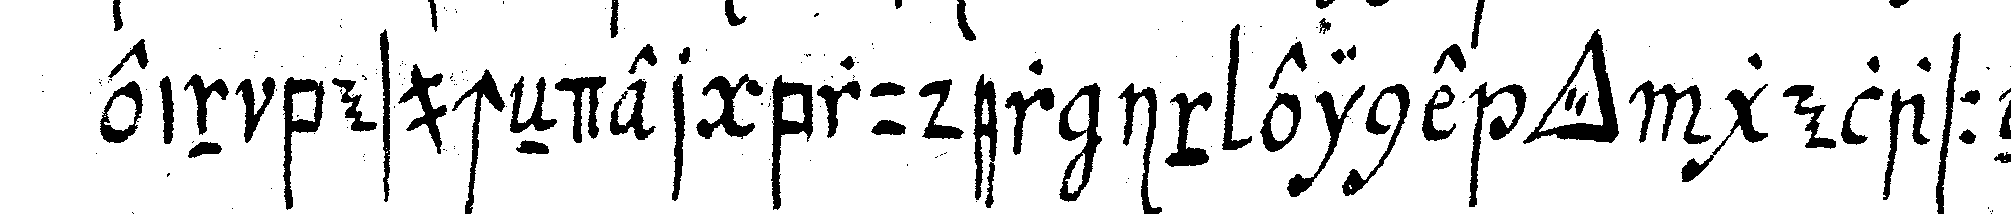
ein besucheNder bruder in eine *tri..* gelasseN